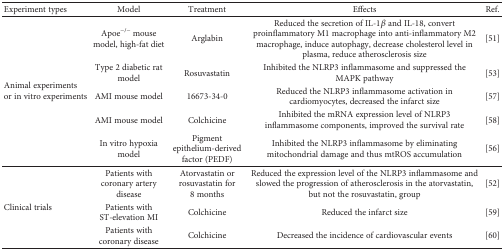
<table><thead><tr><td><b>Experiment types</b></td><td><b>Model</b></td><td><b>Treatment</b></td><td><b>Effects</b></td><td><b>Ref.</b></td></tr></thead><tbody><tr><td rowspan="5">Animal experiments or in vitro experiments</td><td>Apoe<sup>−/−</sup> mouse model, high-fat diet</td><td>Arglabin</td><td>Reduced the secretion of IL-1<i>β</i> and IL-18, convert proinflammatory M1 macrophage into anti-inflammatory M2 macrophage, induce autophagy, decrease cholesterol level in plasma, reduce atherosclerosis size</td><td>[51]</td></tr><tr><td>Type 2 diabetic rat model</td><td>Rosuvastatin</td><td>Inhibited the NLRP3 inflammasome and suppressed the MAPK pathway</td><td>[53]</td></tr><tr><td>AMI mouse model</td><td>16673-34-0</td><td>Reduced the NLRP3 inflammasome activation in cardiomyocytes, decreased the infarct size</td><td>[57]</td></tr><tr><td>AMI mouse model</td><td>Colchicine</td><td>Inhibited the mRNA expression level of NLRP3 inflammasome components, improved the survival rate</td><td>[58]</td></tr><tr><td>In vitro hypoxia model</td><td>Pigment epithelium-derived factor (PEDF)</td><td>Inhibited the NLRP3 inflammasome by eliminating mitochondrial damage and thus mtROS accumulation</td><td>[56]</td></tr><tr><td rowspan="3">Clinical trials</td><td>Patients with coronary artery disease</td><td>Atorvastatin or rosuvastatin for 8 months</td><td>Reduced the expression level of the NLRP3 inflammasome and slowed the progression of atherosclerosis in the atorvastatin, but not the rosuvastatin, group</td><td>[52]</td></tr><tr><td>Patients with ST-elevation MI</td><td>Colchicine</td><td>Reduced the infarct size</td><td>[59]</td></tr><tr><td>Patients with coronary disease</td><td>Colchicine</td><td>Decreased the incidence of cardiovascular events</td><td>[60]</td></tr></tbody></table>